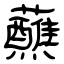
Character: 蘸